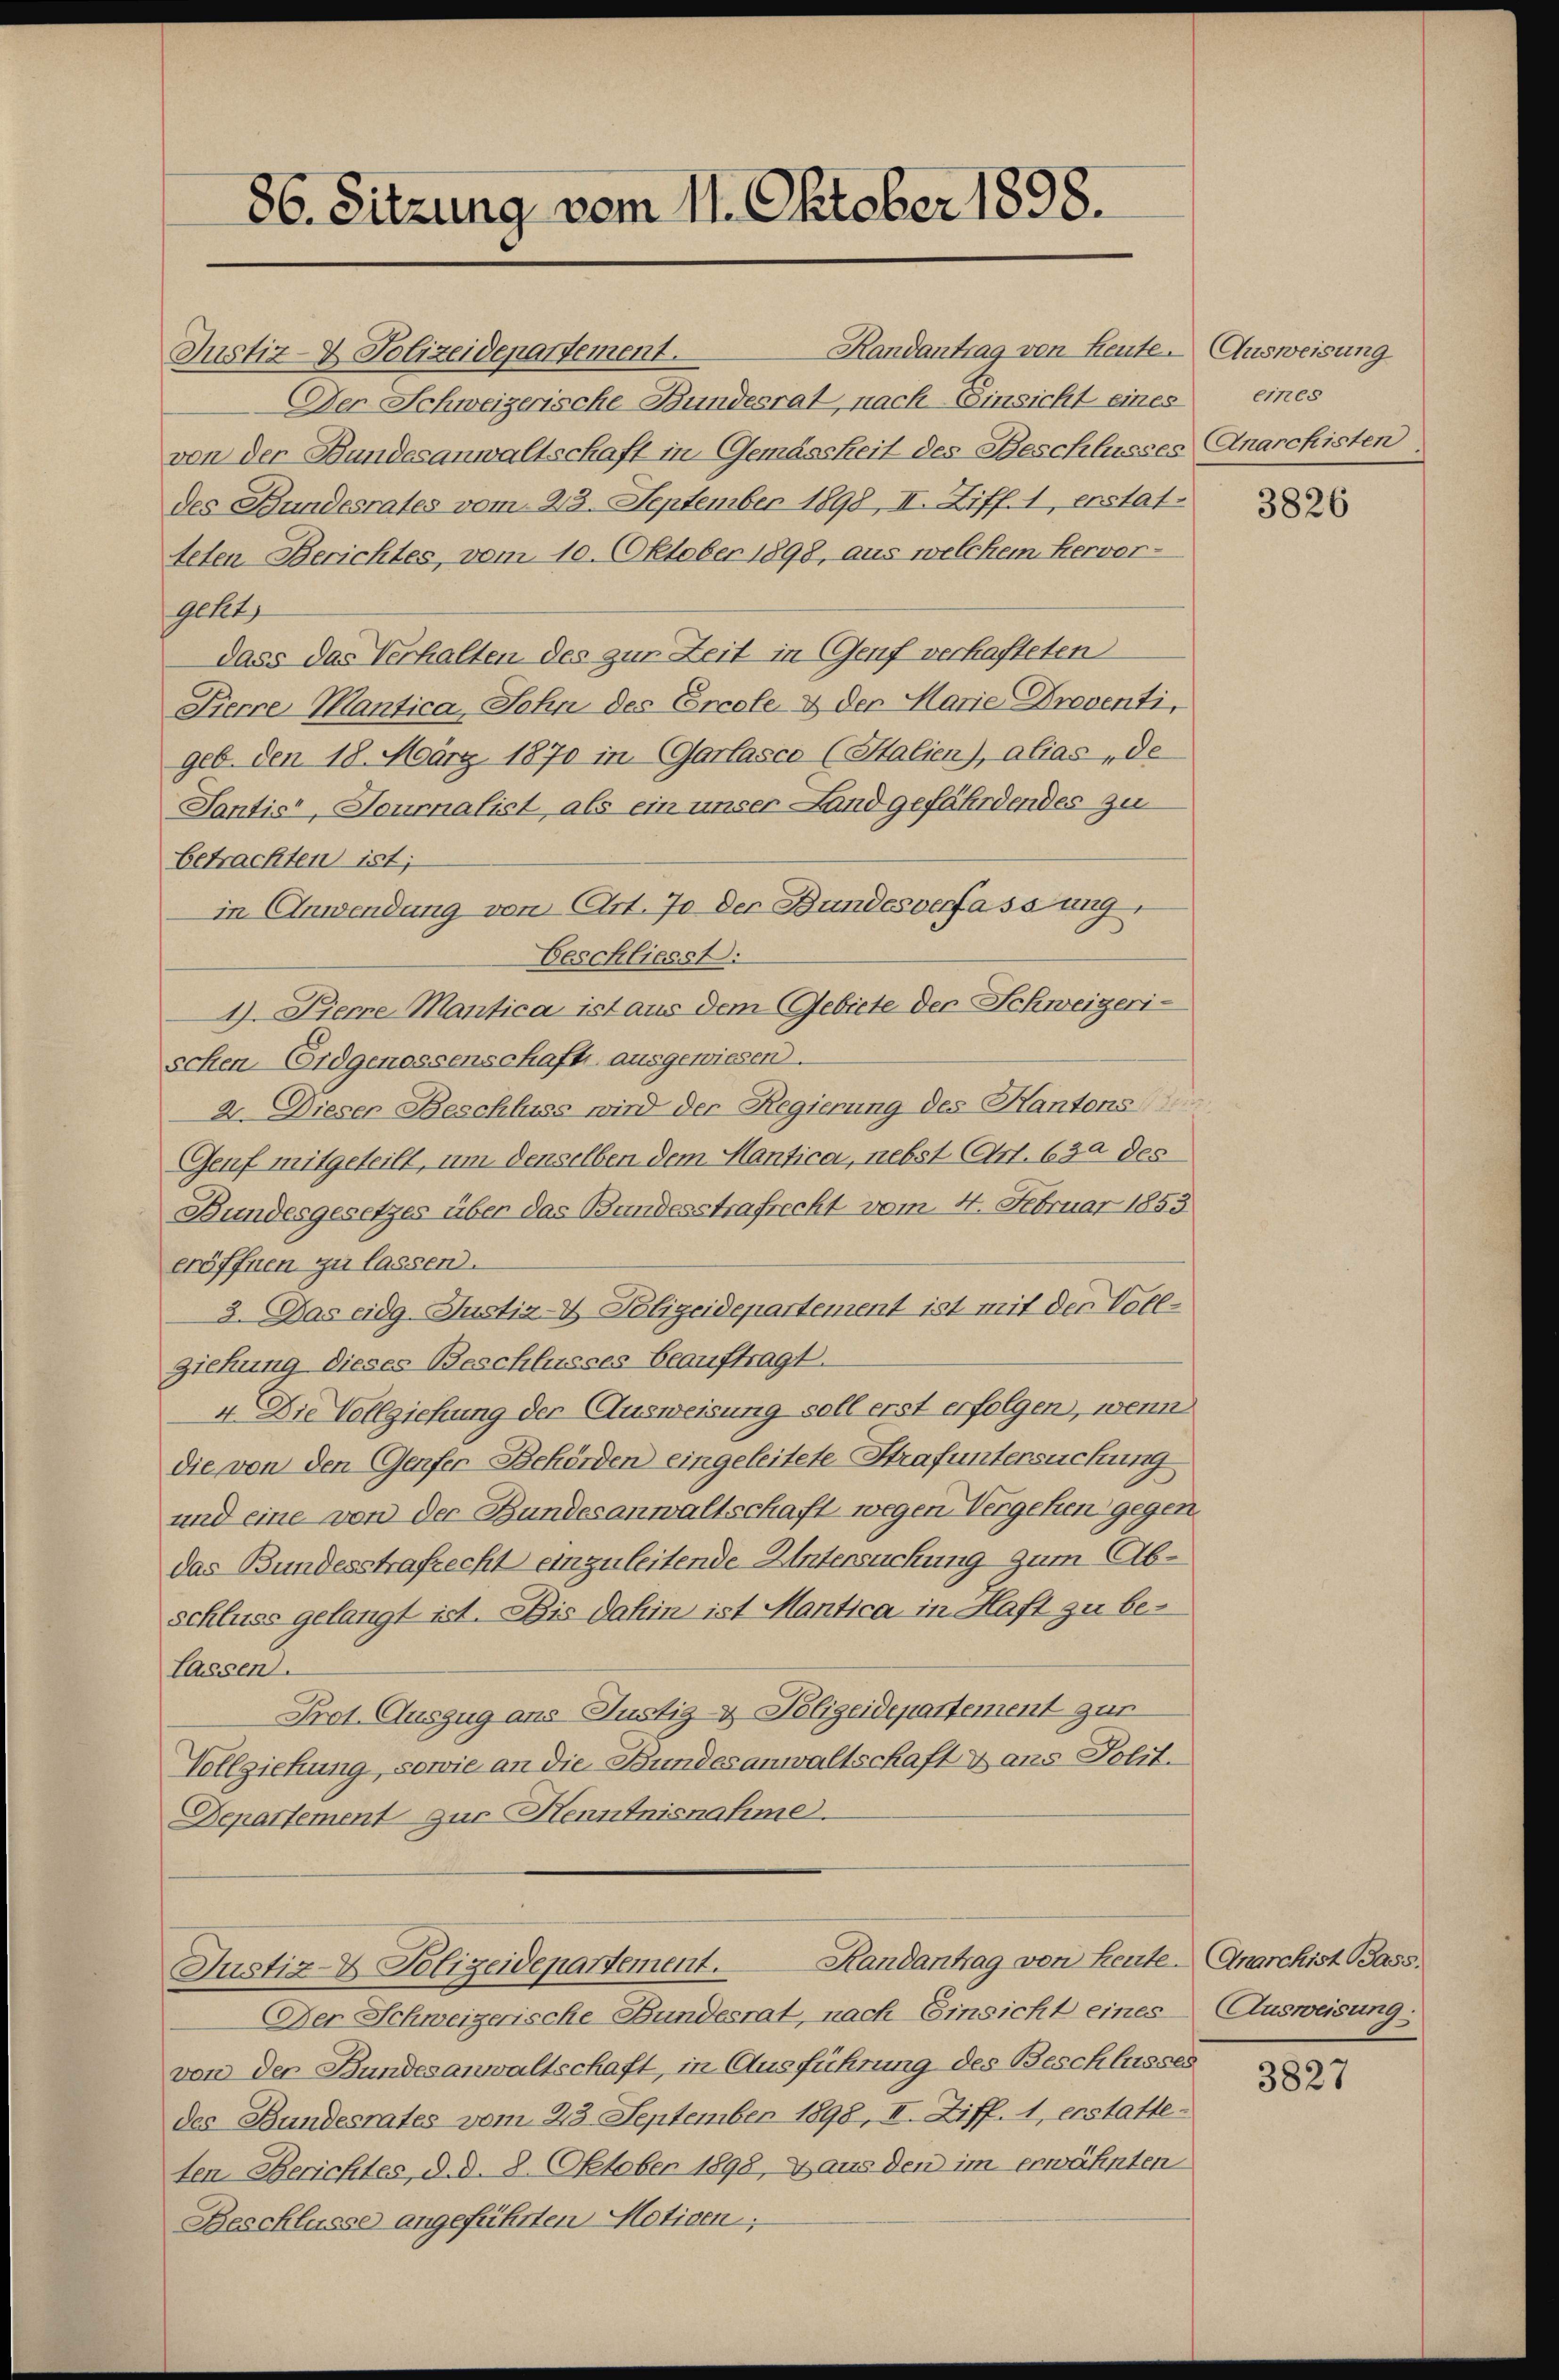
86. Sitzung vom 11. Oktober 1898.

Justiz- & Polizeidepartement.
Der Schweizerische Bundesrat, nach Einsicht eines
von der Bundesanwaltschaft in Gemässheit des Beschlusses
des Bundesrates vom 23. September 1898, II. Ziff. 1, erstatteten Berichtes, vom 10. Oktober 1898, aus welchem Hervor-
gellt
dass das Verhalten des zur Zeit in Genf verhafteten
Pierre Mantica, Sohn des Ercele & der Marie Dreventi,
geb. den 18. März 1870 in (Garfasco (Stalien), alias „de
Santis“, Journalist, als ein unser Land gefährdendes zu
betrachten ist;
in Anwendung von Art. Ja der Bundesverfassung,
Geschliesst:
4. Zierre Mantica ist aus dem Gebiete der Schweizeri-
schen Eidgenossenschaft ausgewiesen.
2. Dieser Beschluss wird der Regierung des Kantons
Genf mitgeteilt, um denselben dem Mantica, nebst (Art. 630 des
Bundesgesetzes über das Bundesstrafrecht vom 4. Februar 1853
eröffnen zu lassen.
3. Das eidg. Justiz-V. Polizeidepartement ist mit der Voll-
ziehung dieses Beschlusses beauftragt.
4 Die Vollziehung der Ausweisung soll erst erfolgen, wenn
die von den Genfer-Behörden eingeleitete Strafuntersuchung
und eine von der Bundesanwaltschaft wegen Vergehen gegen.
das Bundesstrafrecht einzuleitende Untersuchung zum Abschluss gelangt ist. Bis dahin ist Mantica in Haft zu be¬
Lassen.
Prot. Auszug ans Justiz- & Polizeidepartement zur
Vollziehung, sowie an die Bundesanwaltschaft & ans Polit.
Departement zur Henntnisnahme.
Randantrag von Leute Anarchist Bass
Justiz- & Polizeidepartement.
Der Schweizerische Bundesrat, nach Einsicht eines
von der Bundesanwaltschaft, in Ausführung des Beschlusses
des Bundesrates vom 23. September 1898, II. Ziff. 1, erstatte-
ten Berichtes, d. d. 8. Oktober 1898, Haus den im erwähnten
Beschlüsse angeführten Motiven;

Randantrag von Heute. Ausweisung

65
Anarchisten

3826

Ausweisung:

3827